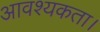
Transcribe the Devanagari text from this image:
आवश्‍यकता।